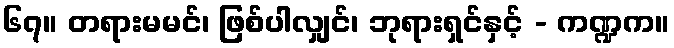
၆၇။ တရားမမင်၊ ဖြစ်ပါလျှင်၊ ဘုရားရှင်နှင့် - ကဏ္ဍက။